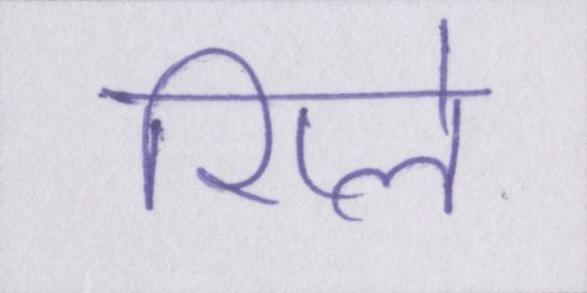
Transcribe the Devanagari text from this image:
रिप्ले